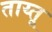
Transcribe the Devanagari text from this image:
ताय्तू